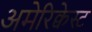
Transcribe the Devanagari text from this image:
अमेरिक्वेस्ट